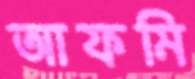
আফমি